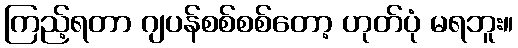
ကြည့်ရတာ ဂျပန်စစ်စစ်တော့ ဟုတ်ပုံ မရဘူး။